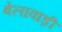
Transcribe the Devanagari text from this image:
बेलावाड़ी